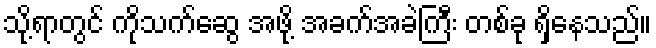
သို့ရာတွင် ကိုသက်ဆွေ အဖို့ အခက်အခဲကြီး တစ်ခု ရှိနေသည်။